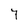
Character: 7